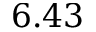
6 . 4 3